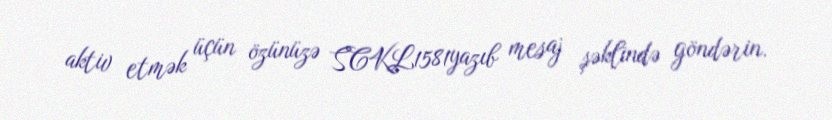
aktiv etmək üçün özünüzə SCKL1581yazıb mesaj şəklində göndərin.